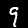
Digit: 9